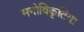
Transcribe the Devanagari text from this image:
मनोविकृतियां